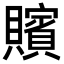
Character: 𮚪